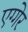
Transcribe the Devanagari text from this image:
एग्गेर